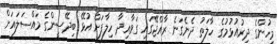
މީހުންގެ ދިރުއުޅުމުގެ ހާލަތު ދެނެގަނެ ރާއްޖޭގައި ގަވާއިދާ ހިލާފަށް އުޅޭ ބިދޭސީންގެ މައްސަލައަށް